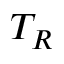
T _ { R }